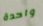
واحدة